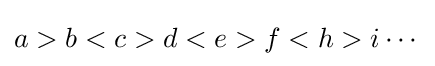
a>b<c>d<e>f<h>i\cdots